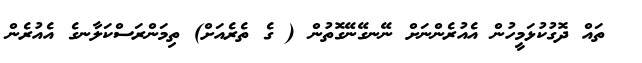
ތައް ދޮގުކުޅަމީހުން އެއުރެންނަށް ނޭނގޭނޭގޮތުން ( ގެ ތެރެއަށް) ތިމަންރަސްކަލާނގެ އެއުރެން